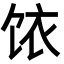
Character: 饻